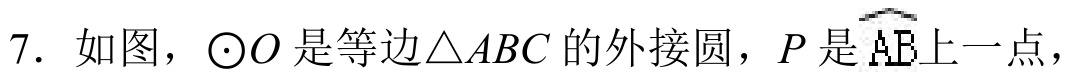
7. 如图，$\odot O$是等边$\triangle ABC$的外接圆，$P$是$\overset{\frown}{AB}$上一点，